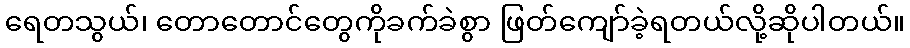
ရေတသွယ်၊ တောတောင်တွေကိုခက်ခဲစွာ ဖြတ်ကျော်ခဲ့ရတယ်လို့ဆိုပါတယ်။